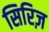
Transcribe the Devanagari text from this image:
सिरिज़